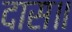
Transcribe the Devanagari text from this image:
दास॥